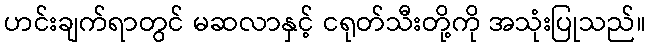
ဟင်းချက်ရာတွင် မဆလာနှင့် ငရုတ်သီးတို့ကို အသုံးပြုသည်။